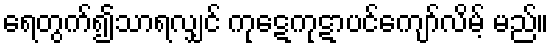
ရေတွက်၍သာရလျှင် ကုဋေကုဋာပင်ကျော်လိမ့် မည်။